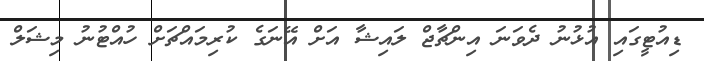
ޑިއުޓީގައި އުޅުނު ދެވަނަ އިންޗާޖް ލައިޝާ އަށް އޭނަގެ ކުރިމައްޗަށް ހުއްޓުނު މިޝަލް